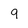
Character: q